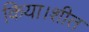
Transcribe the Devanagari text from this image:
किया।शीत